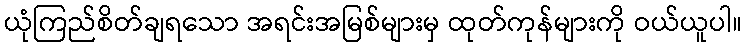
ယုံကြည်စိတ်ချရသော အရင်းအမြစ်များမှ ထုတ်ကုန်များကို ဝယ်ယူပါ။